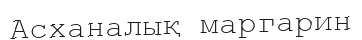
Асханалық маргарин